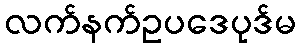
လက်နက်ဥပဒေပုဒ်မ